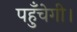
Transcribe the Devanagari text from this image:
पहुँचेगी।